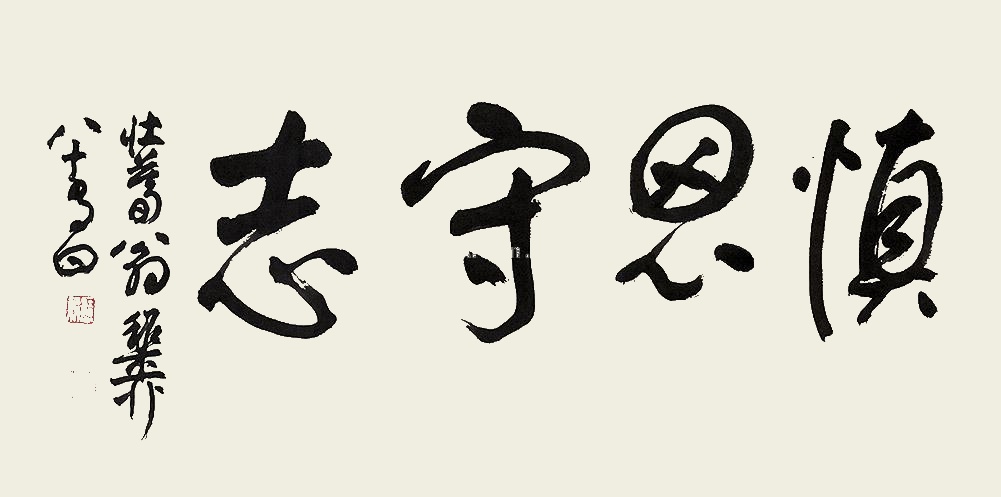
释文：慎思守志。壮暮翁谢稚柳，八十有四。